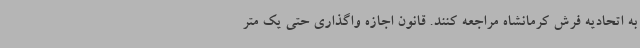
به اتحادیه فرش کرمانشاه مراجعه کنند. قانون اجازه واگذاری حتی یک متر